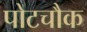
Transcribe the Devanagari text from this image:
पोटचौक